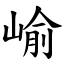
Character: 崳